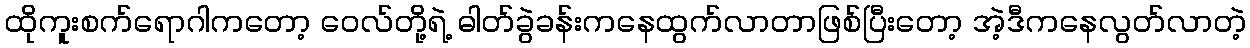
ထိုကူးစက်ရောဂါကတော့ ဝေလ်တို့ရဲ့ ဓါတ်ခွဲခန်းကနေထွက်လာတာဖြစ်ပြီးတော့ အဲ့ဒီကနေလွတ်လာတဲ့